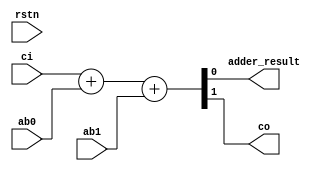
// ------------------ Modulo Adder ----------------------------
module adder(
	input rstn,
	input ab0,
	input ab1,
	input ci,
	output adder_result,
	output co
);
assign {co,adder_result} = ci + ab0+ab1;
endmodule

//-------------- Modulo Array Multiplier 4bits ----------------
module arr_multiplier_4b (
	input rstn,
	input [3:0]A,
	input [3:0]B,
	input clk,
	output reg [7:0] Result
);
wire[3:0] carry_row0;
wire[3:0] carry_row1;
wire[3:0] carry_row2;
wire[3:0] column_result_row0;
wire[3:0] column_result_row1;
wire [7:0] wResult;
assign wResult[0] = A[0]&B[0]; //Pasa el primer resultado a R0
// AdderXY [X=Row, Y=Column]
//Primer fila de sumadores			
adder add00(			.rstn		(rstn),	
				.ab0		(A[0]&B[1]),
				.ab1		(A[1]&B[0]),
				.ci		(1'b0),
				.adder_result	(wResult[1]),
				.co		(carry_row0[0])
				);
				
adder add01(			.rstn		(rstn),	
				.ab0		(A[1]&B[1]),
				.ab1		(A[2]&B[0]),
				.ci		(carry_row0[0]),
				.adder_result	(column_result_row0[0]),
				.co		(carry_row0[1])
				);
adder add02(			.rstn		(rstn),	
				.ab0		(A[2]&B[1]),
				.ab1		(A[3]&B[0]),
				.ci		(carry_row0[1]),
				.adder_result	(column_result_row0[1]),
				.co		(carry_row0[2])
				);
adder add03(			.rstn		(rstn),	
				.ab0		(A[3]&B[1]),
				.ab1		(1'b0),
				.ci		(carry_row0[2]),
				.adder_result	(column_result_row0[2]),
				.co		(carry_row0[3])
				);
//Segunda fila de sumadores				
adder add10(			.rstn		(rstn),	
				.ab0		(A[0]&B[2]),
				.ab1		(column_result_row0[0]),
				.ci		(1'b0),
				.adder_result	(wResult[2]),
				.co		(carry_row1[0])
				);
adder add11(			.rstn		(rstn),	
				.ab0		(A[1]&B[2]),
				.ab1		(column_result_row0[1]),
				.ci		(carry_row1[0]),
				.adder_result	(column_result_row1[0]),
				.co		(carry_row1[1])
				);
adder add12(			.rstn		(rstn),	
				.ab0		(A[2]&B[2]),
				.ab1		(column_result_row0[2]),
				.ci		(carry_row1[1]),
				.adder_result	(column_result_row1[1]),
				.co		(carry_row1[2])
				);
adder add13(			.rstn		(rstn),	
				.ab0		(A[3]&B[2]),
				.ab1		(carry_row0[3]),
				.ci		(carry_row1[2]),
				.adder_result	(column_result_row1[2]),
				.co		(carry_row1[3])
				);
// Tercer fila de sumadores
adder add20(			.rstn		(rstn),	
				.ab0		(A[0]&B[3]),
				.ab1		(column_result_row1[0]),
				.ci		(1'b0),
				.adder_result	(wResult[3]),
				.co		(carry_row2[0])
				);
adder add21(			.rstn		(rstn),	
				.ab0		(A[1]&B[3]),
				.ab1		(column_result_row1[1]),
				.ci		(carry_row2[0]),
				.adder_result	(wResult[4]),
				.co		(carry_row2[1])
				);
adder add22(			.rstn		(rstn),	
				.ab0		(A[2]&B[3]),
				.ab1		(column_result_row1[2]),
				.ci		(carry_row2[1]),
				.adder_result	(wResult[5]),
				.co		(carry_row2[2])
				);
adder add23(			.rstn		(rstn),	
				.ab0		(A[3]&B[3]),
				.ab1		(carry_row1[3]),
				.ci		(carry_row2[2]),
				.adder_result	(wResult[6]),
				.co		(wResult[7])
				);

always @(posedge clk) begin
	if(!rstn) begin
		Result <= 7'b0;
	end
	else begin
	Result <= {wResult[7],wResult[6],wResult[5],wResult[4],wResult[3],wResult[2],wResult[1],wResult[0]};
	end
end
endmodule